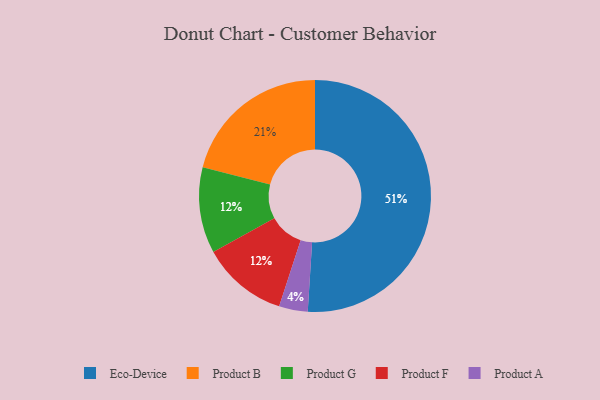
{"axis": {"x": "Category", "y": "Percentage"}, "legend": ["Eco-Device", "Product A", "Product B", "Product F", "Product G"], "data": [{"x": "Eco-Device", "y": 51, "type": "Eco-Device"}, {"x": "Product A", "y": 4, "type": "Product A"}, {"x": "Product B", "y": 21, "type": "Product B"}, {"x": "Product G", "y": 12, "type": "Product G"}, {"x": "Product F", "y": 12, "type": "Product F"}]}